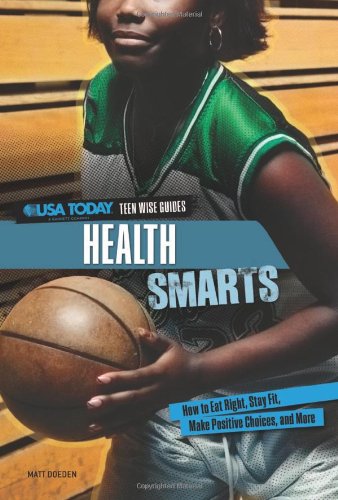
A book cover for Health Smarts: How to Eat Right, Stay Fit, Make Positive Choices, and More (USA Today Teen Wise Guides: Lifestyle Choices); Matt Doeden; Teen & Young Adult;